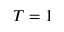
T = 1